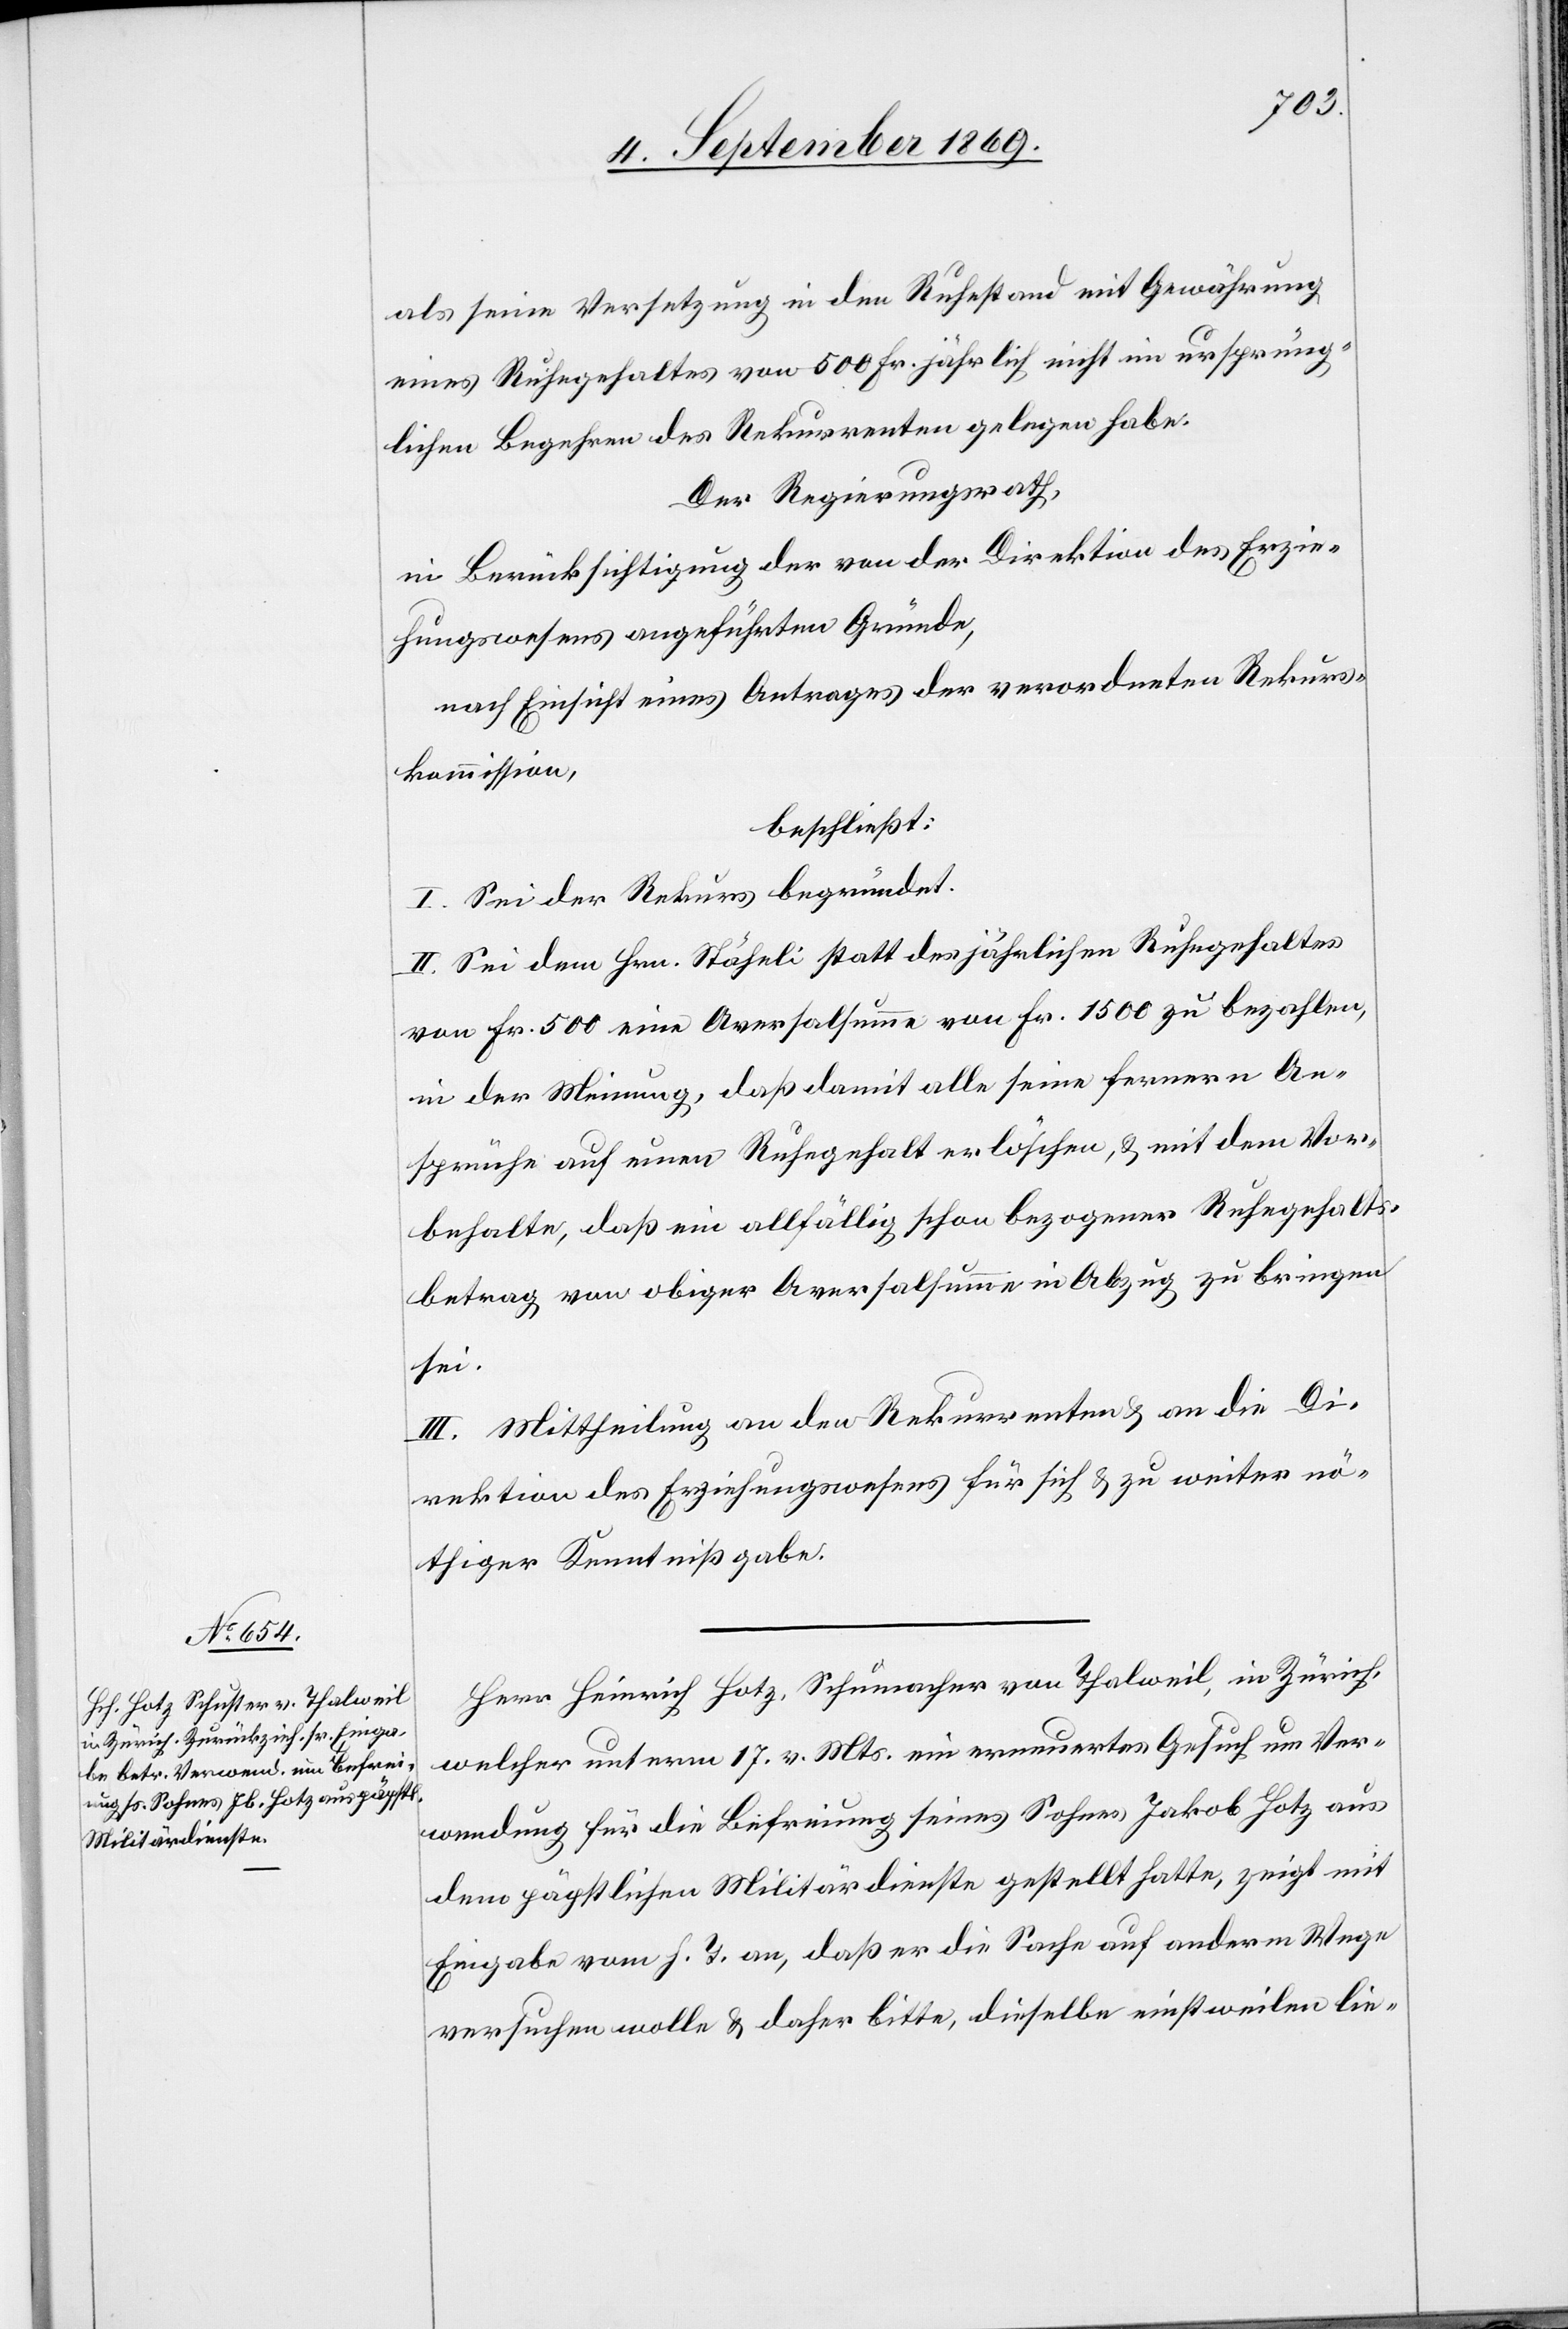
als seine Versetzung in den Ruhestand mit Gewährung
eines Ruhegehaltes von 500 Fr. jährlich nicht im ursprüng¬
lichen Begehren des Rekurrenten gelegen habe.
Der Regierungsrath,
in Berücksichtigung der von der Direktion des Erzie¬
hungswesens angeführten Gründe,
nach Einsicht eines Antrages der verordneten Rekurs¬
kommission,
beschließt:
I. Sei der Rekurs begründet.
II. Sei dem Hrn. Stäheli statt des jährlichen Ruhegehaltes
von Fr. 500 eine Aversalsumme von Fr. 1500 zu bezahlen,
in der Meinung, daß damit alle seine fernern An¬
sprüche auf einen Ruhegehalt erlöschen, & mit dem Vor¬
behalte, daß ein allfällig schon bezogener Ruhegehalts¬
betrag von obiger Aversalsumme in Abzug zu bringen
sei.
III. Mittheilung an den Rekurrenten & an die Di¬
rektion des Erziehungswesens für sich & zu weiter nö¬
thiger Kenntnißgabe.
Herr Heinrich Hotz, Schumacher von Thalweil, in Zürich,
welcher unterm 17. v. Mts. ein erneuertes Gesuch um Ver¬
wendung für die Befreiung seines Sohnes Jakob Hotz aus
dem päpstlichen Militärdienste gestellt hatte, zeigt mit
Eingabe vom h. T. an, daß er die Sache auf anderm Wege
versuchen wolle & daher bitte, dieselbe einstweilen lie-